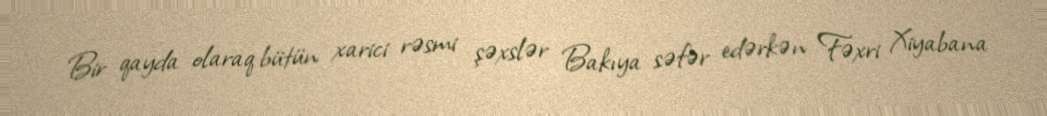
Bir qayda olaraq bütün xarici rəsmi şəxslər Bakıya səfər edərkən Fəxri Xiyabana